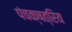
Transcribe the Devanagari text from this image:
पंचक्षत्रिय